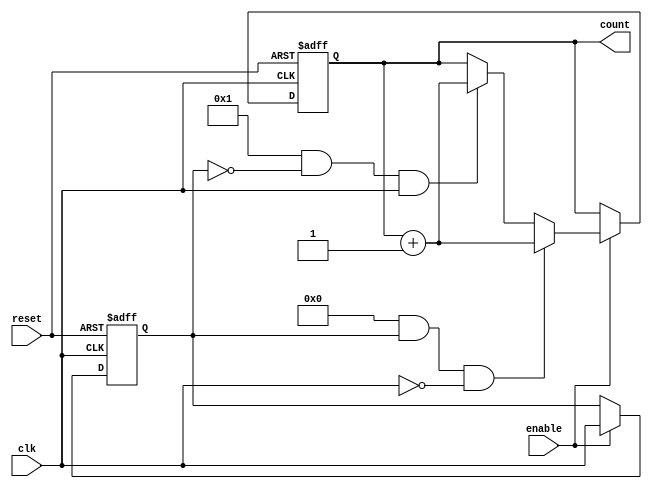
module edge_counter #(
    parameter COUNT_WIDTH = 8, // Width of the count output
    parameter COUNT_RISING = 1, // 1 for rising edge count, 0 for falling edge count
    parameter COUNT_FALLING = 0 // 1 for falling edge count, 0 for rising edge count
)(
    input wire clk,            // Clock input
    input wire enable,         // Enable signal
    input wire reset,          // Asynchronous reset
    output reg [COUNT_WIDTH-1:0] count // Count output
);

    // Internal signal to hold the previous clock state
    reg clk_prev;

    always @(posedge clk or posedge reset) begin
        if (reset) begin
            count <= 0; // Reset the count
            clk_prev <= 0; // Initialize previous clock state
        end else if (enable) begin
            // Edge detection logic
            if (COUNT_RISING && !clk_prev && clk) begin
                count <= count + 1; // Increment on rising edge
            end
            if (COUNT_FALLING && clk_prev && !clk) begin
                count <= count + 1; // Increment on falling edge
            end
            // Update previous clock state
            clk_prev <= clk;
        end
    end

endmodule